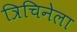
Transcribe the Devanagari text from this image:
त्रिचिनेला